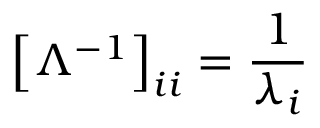
\left[ \Lambda ^ { - 1 } \right] _ { i i } = { \frac { 1 } { \lambda _ { i } } }